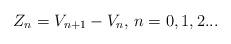
LaTeX: \begin{align*}Z_n=V_{n+1}-V_n,\, n=0,1,2...\end{align*}